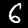
Digit: 6